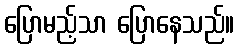
ပြောမည့်သာ ပြောနေသည်။